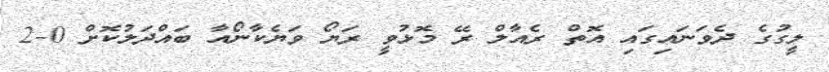
ލީގުގެ ދެވަނައިގައި އޮތް ރެއާލް ރޭ މޮޅުވީ ރަޔޯ ވަޔެކާނޯއާ ބައްދަލުކޮށް 0-2